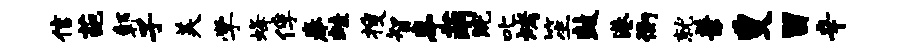
信葩鄣子美学蜂俘拳蛙搜智亭萌浣叱烤笙鼓港衡就兼叟留辛